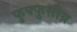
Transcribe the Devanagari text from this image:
फुफ्फुसीय़